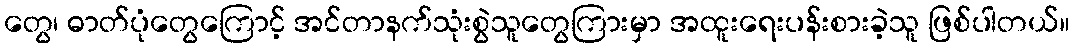
တွေ၊ ဓာတ်ပုံတွေကြောင့် အင်တာနက်သုံးစွဲသူတွေကြားမှာ အထူးရေးပန်းစားခဲ့သူ ဖြစ်ပါတယ်။